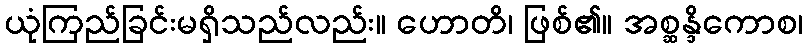
ယုံကြည်ခြင်းမရှိသည်လည်း။ ဟောတိ၊ ဖြစ်၏။ အစ္ဆန္ဒိကောစ၊